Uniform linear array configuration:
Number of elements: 64
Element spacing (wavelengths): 0.25
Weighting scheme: exponential
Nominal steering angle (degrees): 30
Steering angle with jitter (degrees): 31.924
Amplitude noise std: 0.05
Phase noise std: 0.05

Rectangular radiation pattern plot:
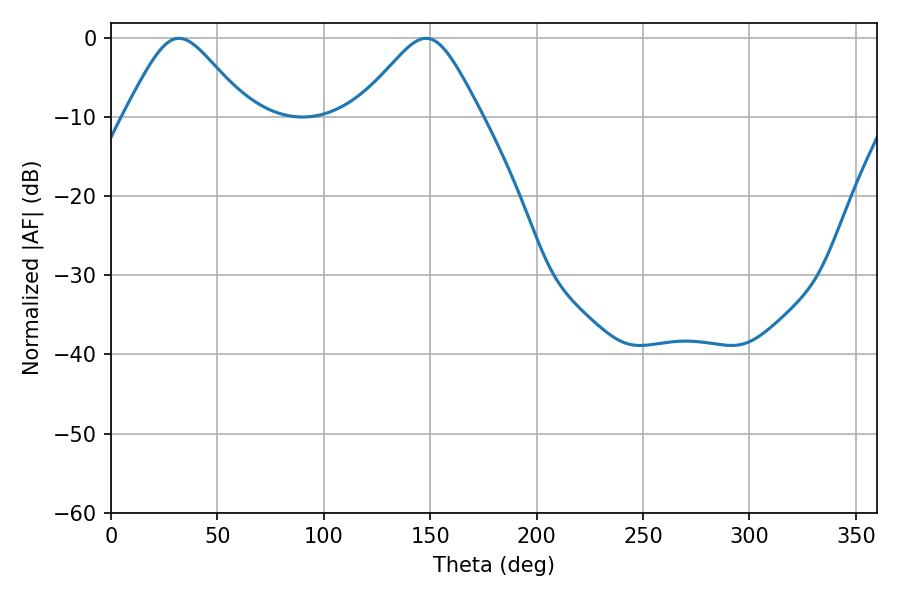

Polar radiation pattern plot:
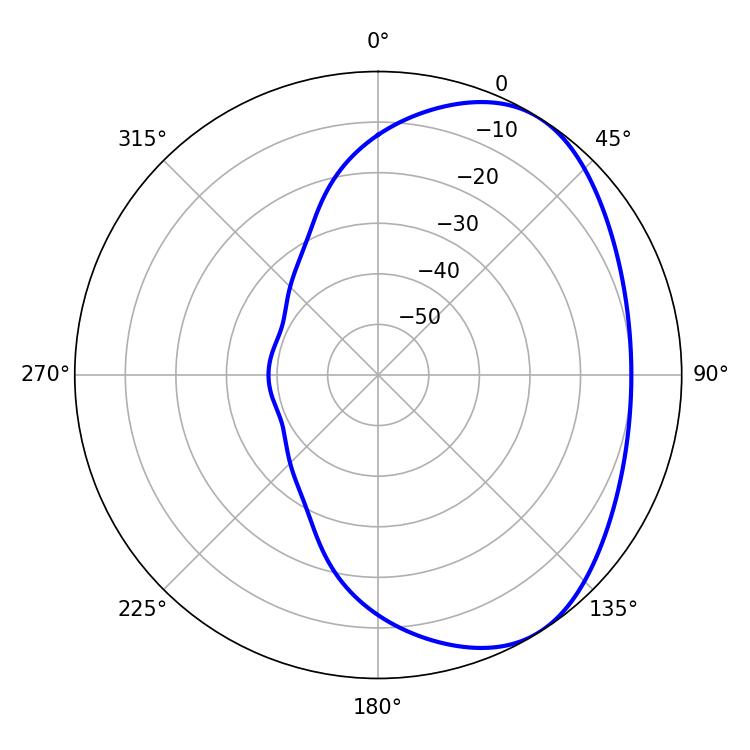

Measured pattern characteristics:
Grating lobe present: FALSE
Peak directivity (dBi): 4.511
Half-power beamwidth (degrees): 28.26
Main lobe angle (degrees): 31.86